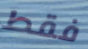
فقط